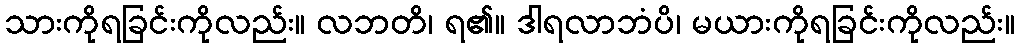
သားကိုရခြင်းကိုလည်း။ လဘတိ၊ ရ၏။ ဒါရလာဘံပိ၊ မယားကိုရခြင်းကိုလည်း။